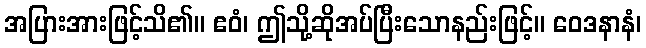
အပြားအားဖြင့်သိ၏။ ဧဝံ၊ ဤသို့ဆိုအပ်ပြီးသောနည်းဖြင့်။ ဝေဒနာနံ၊